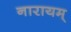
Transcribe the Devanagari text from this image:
नारायम्